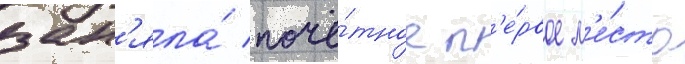
зан'яла́ почё́тное п'е́рвое м'е́сто